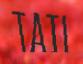
TAIL